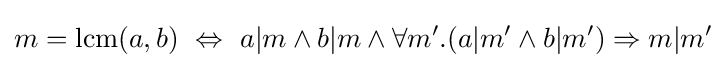
m=\mathrm {lcm} (a,b)\ \Leftrightarrow \ a|m\land b|m\land \forall m'.(a|m'\land b|m')\Rightarrow m|m'